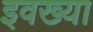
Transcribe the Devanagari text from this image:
इवख्या